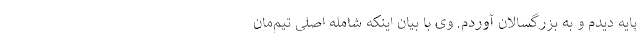
پایه دیدم و به بزرگسالان آوردم. وی با بیان اینکه شامله اصلی تیم‌مان